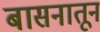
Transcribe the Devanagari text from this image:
बासनातून